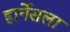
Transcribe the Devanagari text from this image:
हार्नेसला